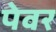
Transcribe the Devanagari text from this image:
पेवर